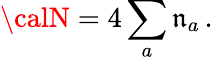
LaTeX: {\calN}=4\sum_{a}\mathfrak{n}_{a}\, .